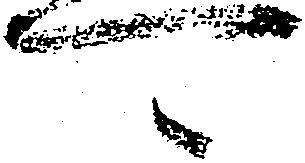
可